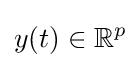
y(t)\in \mathbb {R} ^{p}